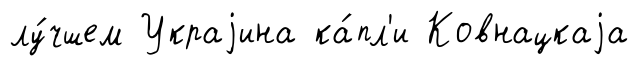
лу́чшем Украjина ка́пл'и Ковнацкаjа